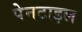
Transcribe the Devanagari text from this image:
पेनटाइल